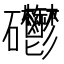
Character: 𥘄